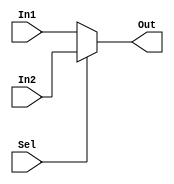
`timescale 1ns/1ns
module MUX2to1 #(parameter n=10)(input [n-1:0] In1,In2,input Sel,output [n-1:0] Out);
	assign Out=Sel? In2:In1;
endmodule

module Register #(parameter n=5)(input [n-1:0] ParIn,input CLK,RST,LD,output reg [n-1:0] ParOut);
	always@(posedge CLK,posedge RST) begin
	   if(RST)
             ParOut<=5'd0;    
	   else
             ParOut<=(LD) ? ParIn : ParOut;
	end
endmodule

module SHtoLRegister #(parameter n=10)(input[n-1:0] ParIn,input CLK,RST,LD,SIR,EN,output reg[n-1:0] ParOut);
	always@(posedge CLK,posedge RST)begin
		if (RST) ParOut<=9'd0;
		else if(LD) ParOut<=ParIn;
		else if(EN)
		     ParOut<={ParOut[n-2:0],SIR};
	end
		    	
endmodule

module DCNT3BIT #(parameter n=3)(input[n-1:0] ParIn,input CLK,RST,CNT,LD,SEL,output reg[n-1:0]ParOut,output CO);
	always@(posedge CLK,posedge RST)begin
		if(RST) ParOut<=3'd0;
		else begin
		     if(LD)
			ParOut<=ParIn;
		     else if(CNT) ParOut<=ParOut-1;

		end
	end
	assign CO=(SEL)? &{~ParOut}:1'b0;endmodule
module SUB #(parameter n=5)(input[n-1:0] In1,In2,output[n-1:0] Out);
	assign Out=In1-In2;
endmodule

module PosCheckerandFixer #(parameter n=10)(input[n-1:0] In1,input[n-6:0] In2,output[n-1:0] Out,output PosFlag);
	assign Out=(In2[n-6]) ? In1:{In2,In1[n-6:1],1'b1};
	assign PosFlag= (In2[n-6]) ? 1'b0:1'b1;
endmodule

module InputChecker #(parameter n=10)(input[n-6:0] In1,input[n-6:0] In2,output ov,divbyzero);
	assign divbyzero=(In1==0)?1'b1:1'b0;
	assign ov=(In1>=In2)? 1'b0:1'b1;
endmodule